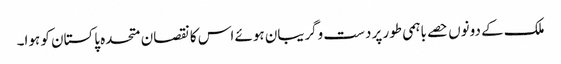
ملک کے دونوں حصے باہمی طور پر دست وگریبان ہوئے اس کا نقصان متحدہ پاکستان کو ہوا۔